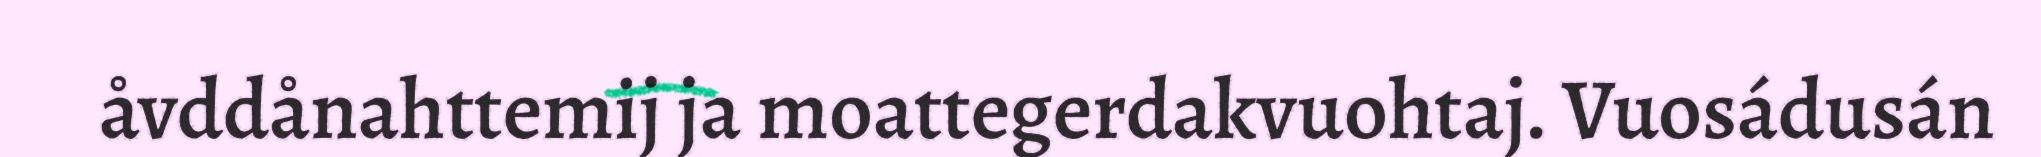
åvddånahttemij ja moattegerdakvuohtaj. Vuosádusán